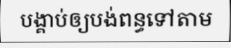
បង្គាប់ឲ្យបង់ពន្ធទៅតាម